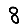
Digit: 8